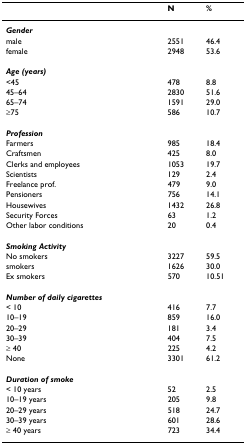
<table><thead><tr><td></td><td><b>N</b></td><td><b>%</b></td></tr></thead><tbody><tr><td><b><i>Gender</i></b></td><td></td><td></td></tr><tr><td>male</td><td>2551</td><td>46.4</td></tr><tr><td>female</td><td>2948</td><td>53.6</td></tr><tr><td><b><i>Age (years)</i></b></td><td></td><td></td></tr><tr><td>&lt;45</td><td>478</td><td>8.8</td></tr><tr><td>45–64</td><td>2830</td><td>51.6</td></tr><tr><td>65–74</td><td>1591</td><td>29.0</td></tr><tr><td>≥75</td><td>586</td><td>10.7</td></tr><tr><td><b><i>Profession</i></b></td><td></td><td></td></tr><tr><td>Farmers</td><td>985</td><td>18.4</td></tr><tr><td>Craftsmen</td><td>425</td><td>8.0</td></tr><tr><td>Clerks and employees</td><td>1053</td><td>19.7</td></tr><tr><td>Scientists</td><td>129</td><td>2.4</td></tr><tr><td>Freelance prof.</td><td>479</td><td>9.0</td></tr><tr><td>Pensioners</td><td>756</td><td>14.1</td></tr><tr><td>Housewives</td><td>1432</td><td>26.8</td></tr><tr><td>Security Forces</td><td>63</td><td>1.2</td></tr><tr><td>Other labor conditions</td><td>20</td><td>0.4</td></tr><tr><td><b><i>Smoking Activity</i></b></td><td></td><td></td></tr><tr><td>No smokers</td><td>3227</td><td>59.5</td></tr><tr><td>smokers</td><td>1626</td><td>30.0</td></tr><tr><td>Ex smokers</td><td>570</td><td>10.51</td></tr><tr><td><b><i>Number of daily cigarettes</i></b></td><td></td><td></td></tr><tr><td>&lt; 10</td><td>416</td><td>7.7</td></tr><tr><td>10–19</td><td>859</td><td>16.0</td></tr><tr><td>20–29</td><td>181</td><td>3.4</td></tr><tr><td>30–39</td><td>404</td><td>7.5</td></tr><tr><td>≥ 40</td><td>225</td><td>4.2</td></tr><tr><td>None</td><td>3301</td><td>61.2</td></tr><tr><td><b><i>Duration of smoke</i></b></td><td></td><td></td></tr><tr><td>&lt; 10 years</td><td>52</td><td>2.5</td></tr><tr><td>10–19 years</td><td>205</td><td>9.8</td></tr><tr><td>20–29 years</td><td>518</td><td>24.7</td></tr><tr><td>30–39 years</td><td>601</td><td>28.6</td></tr><tr><td>≥ 40 years</td><td>723</td><td>34.4</td></tr></tbody></table>